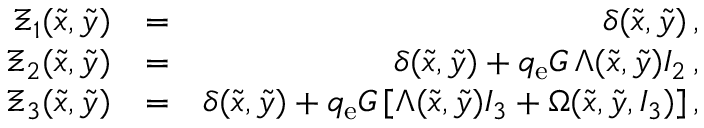
\begin{array} { r l r } { \Xi _ { 1 } ( \tilde { x } , \tilde { y } ) } & { = } & { \delta ( \tilde { x } , \tilde { y } ) \, , } \\ { \Xi _ { 2 } ( \tilde { x } , \tilde { y } ) } & { = } & { \delta ( \tilde { x } , \tilde { y } ) + q _ { \mathrm { e } } G \, \Lambda ( \tilde { x } , \tilde { y } ) I _ { 2 } \, , } \\ { \Xi _ { 3 } ( \tilde { x } , \tilde { y } ) } & { = } & { \delta ( \tilde { x } , \tilde { y } ) + q _ { \mathrm { e } } G \, [ \Lambda ( \tilde { x } , \tilde { y } ) I _ { 3 } + \Omega ( \tilde { x } , \tilde { y } , I _ { 3 } ) ] \, , } \end{array}